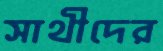
সাথীদের